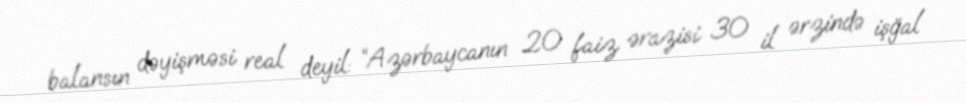
balansın dəyişməsi real deyil: “Azərbaycanın 20 faiz ərazisi 30 il ərzində işğal